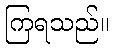
ကြရသည်။